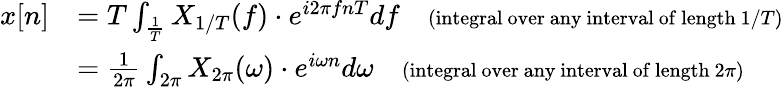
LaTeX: {\begin{array}{rl}{x[n]}&{=T\int_{\frac{1}{T}}X_{1/T}(f)\cdot e^{i2\pi fnT}df\quad\scriptstyle{{\mathrm{(integral~over~any~interval~of~length~}}1/T{\textrm{)}}}}\\ {\displaystyle}&{={\frac{1}{2\pi}}\int_{2\pi}X_{2\pi}(\omega)\cdot e^{i\omega n}d\omega\quad\scriptstyle{{\mathrm{(integral~over~any~interval~of~length~}}2\pi{\textrm{)}}}}\end{array}}